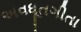
અવધૂતગીતા